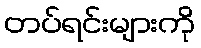
တပ်ရင်းများကို